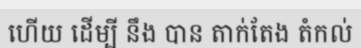
ហើយ ដើម្បី នឹង បាន តាក់តែង តំកល់